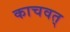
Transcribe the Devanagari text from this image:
काचवत्